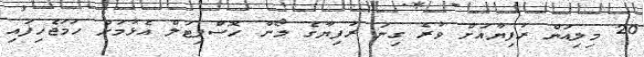
20 މިލިއަން ރުފިޔާއަށް ވުރެ ގިނަ ރުފިޔާގެ ލޯން ހޮސްޕިޓަލް އެޅުމަށް ހަމަޖެހިފައި